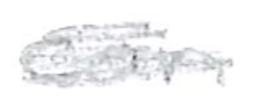
Text: can
Cross-out: scratch
Writing tool: pencil